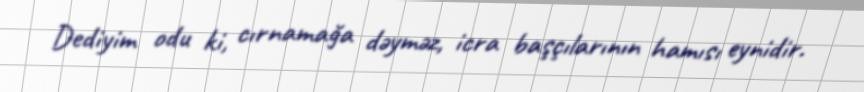
Dediyim odu ki, cırnamağa dəyməz, icra başçılarının hamısı eynidir.